Civil Veterinary Department Bihar & Orissa reports 1922-29 - 1922-1929
Year: 1922
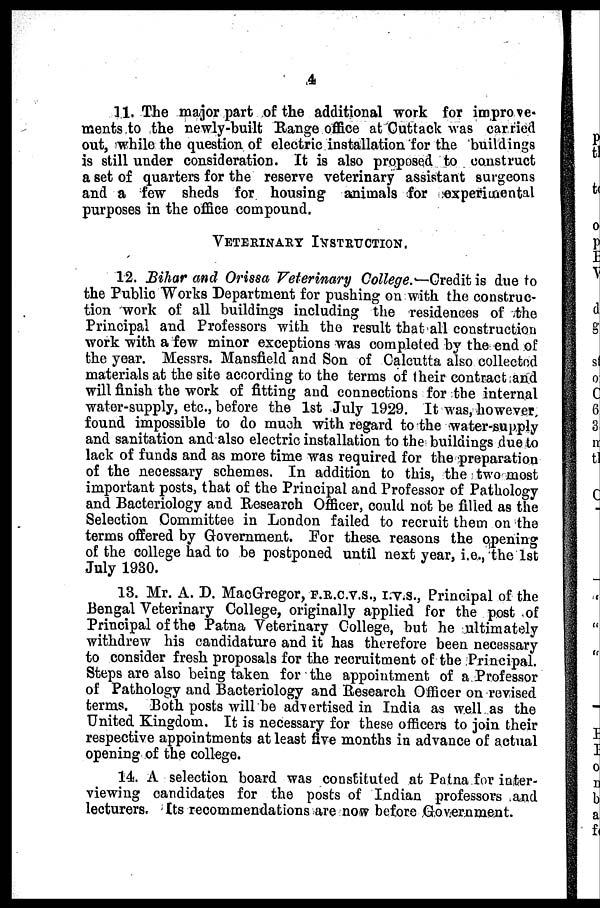
4
11. The major part of the additional work for improve-
ments to the newly-built Range office at Cuttack was carried
out, while the question of electric installation for the buildings
is still under consideration. It is also proposed to construct
a set of quarters for the reserve veterinary assistant surgeons
and a few sheds for housing animals for experimental
purposes in the office compound.
VETERINARY INSTRUCTION.
12. Bihar and Orissa Veterinary College.-Credit is due to
the Public Works Department for pushing on with the construc-
tion work of all buildings including the residences of the
Principal and Professors with the result that all construction
work with a few minor exceptions was completed by the end of
the year. Messrs. Mansfield and Son of Calcutta also collected
materials at the site according to the terms of their contract and
will finish the work of fitting and connections for the internal
water-supply, etc., before the 1st July 1929. It was, however
found impossible to do much with regard to the water-supply
and sanitation and also electric installation to the buildings due to
lack of funds and as more time was required for the preparation
of the necessary schemes. In addition to this, the two most
important posts, that of the Principal and Professor of Pathology
and Bacteriology and Research Officer, could not be filled as the
Selection Committee in London failed to recruit them on the
terms offered by Government. For these, reasons the opening
of the college had to be postponed until next year, i.e., the 1st
July 1930.
13. Mr. A. D. MacGregor, F.R.C.V.S., I.V.S., Principal of the
Bengal Veterinary College, originally applied for the post of
Principal of the Patna Veterinary College, hut he ultimately
withdrew his candidature and it has therefore been necessary
to consider fresh proposals for the recruitment of the Principal.
Steps are also being taken for the appointment of a Professor
of Pathology and Bacteriology and Research Officer on revised
terms. Both posts will be advertised in India as well as the
United Kingdom. It is necessary for these officers to join their
respective appointments at least five months in advance of actual
opening of the college.
14. A selection board was constituted at Patna for inter-
viewing candidates for the posts of Indian professors and
lecturers. Its recommendations are now before Government.